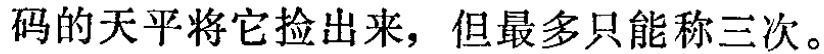
码的天平将它捡出来，但最多只能称三次。